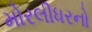
મોરલીધરનો